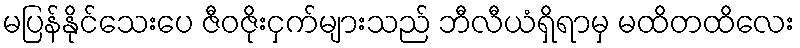
မပြန်နိုင်သေးပေ ဇီဝဇိုးငှက်များသည် ဘီလီယံရှိရာမှ မထိတထိလေး